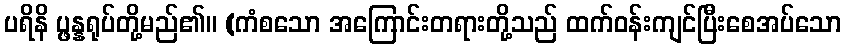
ပရိနိ ပ္ဖန္နရုပ်တို့မည်၏။ (ကံစသော အကြောင်းတရားတို့သည် ထက်ဝန်းကျင်ပြီးစေအပ်သော